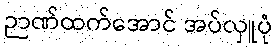
ဉာဏ်ထက်အောင် အပ်လှူပုံ